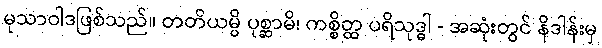
မုသာဝါဒဖြစ်သည်။ တတိယမ္ပိ ပုစ္ဆာမိ၊ ကစ္စိတ္ထ ပရိသုဒ္ဓါ - အဆုံးတွင် နိဒါန်းမှ